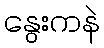
နွေးကနဲ